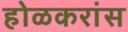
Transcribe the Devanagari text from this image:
होळकरांस